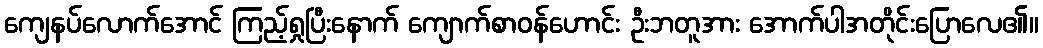
ကျေနပ်လောက်အောင် ကြည့်ရှုပြီးနောက် ကျောက်စာဝန်ဟောင်း ဦးဘတူအား အောက်ပါအတိုင်းပြောလေ၏။